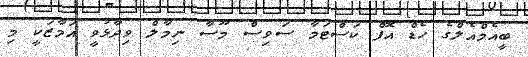
ބީއެމްއެލްގެ ހެޑް އޮފް ކަސްޓަމާ ސަވިސް މޫސާ ނިމާލް ވިދާޅުވީ އަމާޒަކީ މި